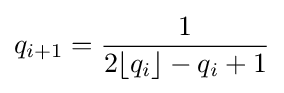
q_{i+1}={\frac {1}{2\lfloor q_{i}\rfloor -q_{i}+1}}